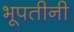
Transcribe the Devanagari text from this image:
भूपतीनी